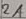
Text: 2A